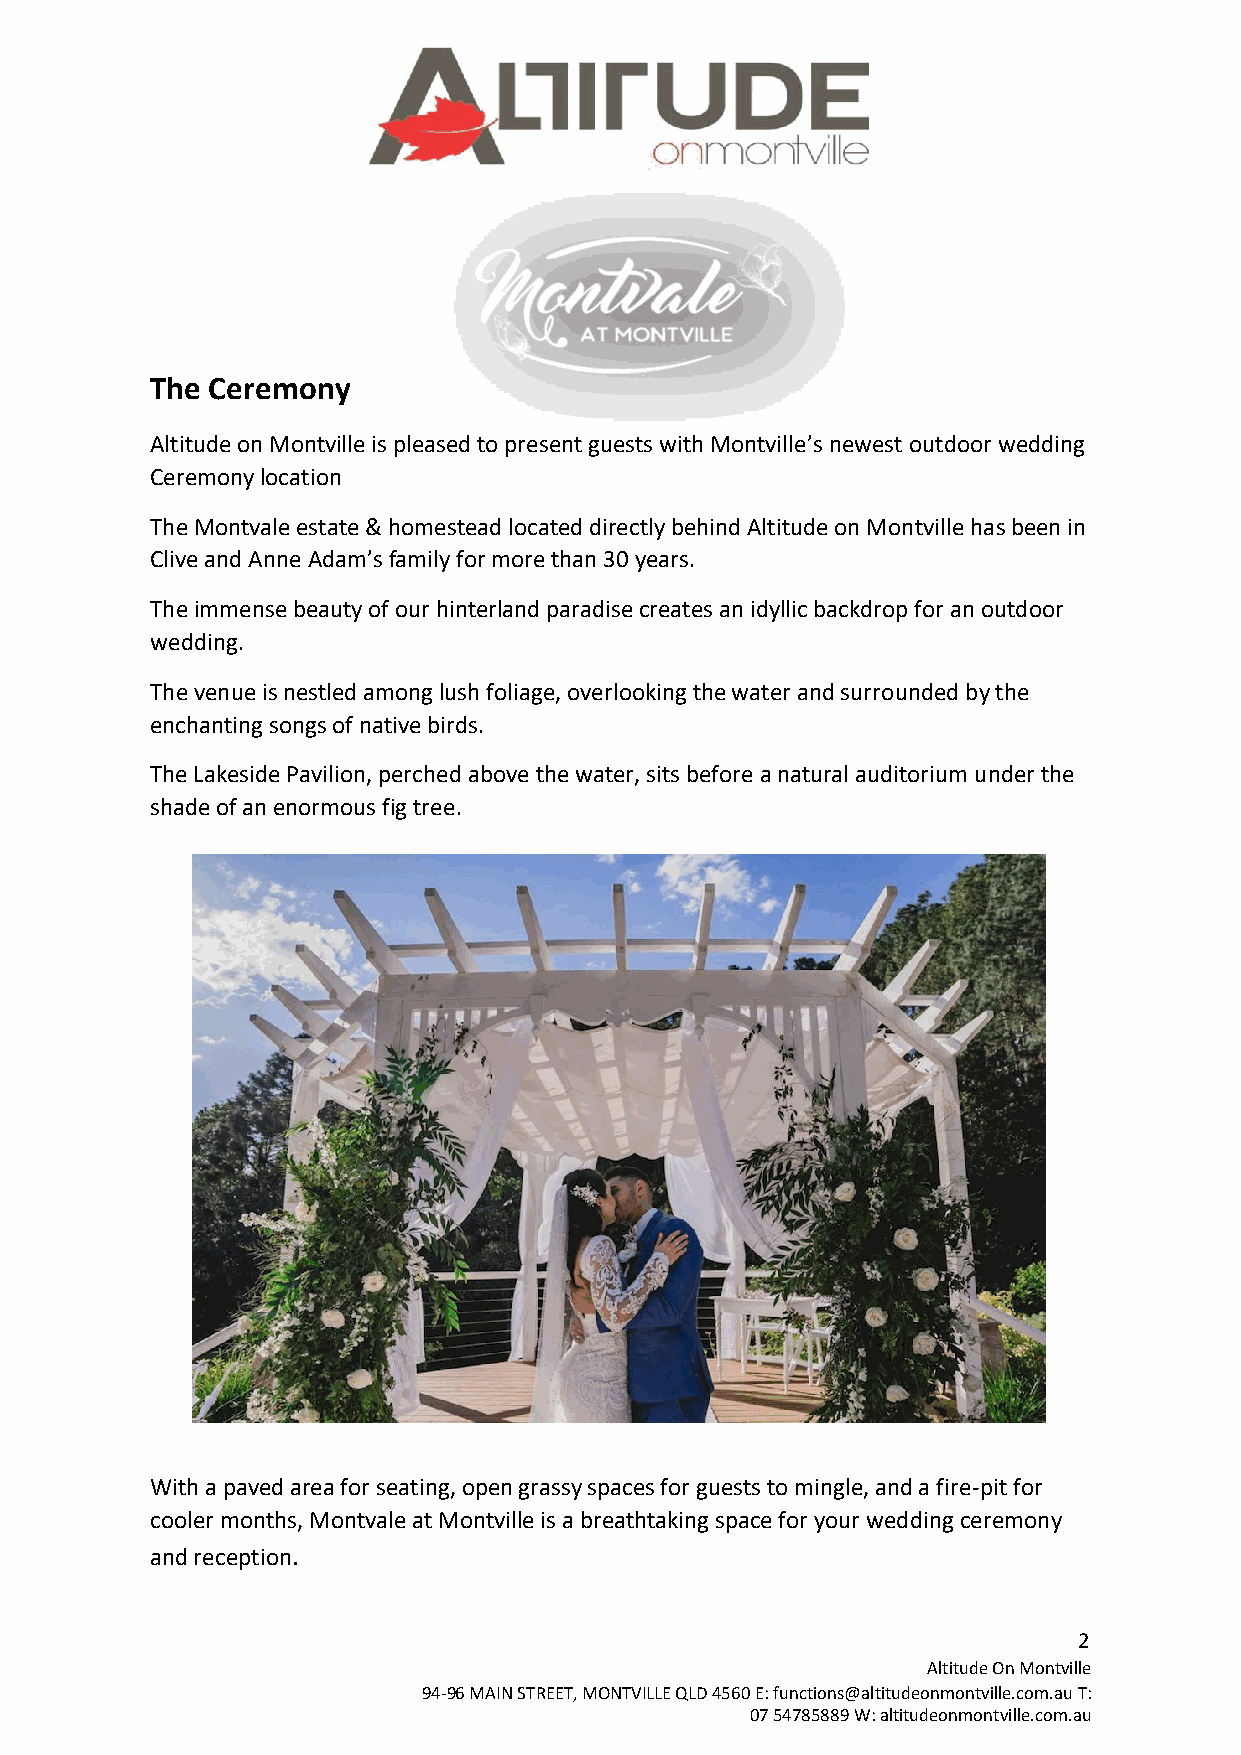
The Ceremony
 Altitude on Montville is pleased to present guests with Montville’s newest outdoor wedding
 Ceremony location
 The Montvale estate & homestead located directly behind Altitude on Montville has been in
 Clive and Anne Adam’s family for more than 30 years.
 The immense beauty of our hinterland paradise creates an idyllic backdrop for an outdoor
 wedding.
 The venue is nestled among lush foliage, overlooking the water and surrounded by the
 enchanting songs of native birds.
 The Lakeside Pavilion, perched above the water, sits before a natural auditorium under the
 shade of an enormous fig tree.
 With a paved area for seating, open grassy spaces for guests to mingle, and a fire-pit for
 cooler months, Montvale at Montville is a breathtaking space for your wedding ceremony
 and reception.
 2
 Altitude On Montville
 94-96 MAIN STREET, MONTVILLE QLD 4560 E: functions@altitudeonmontville.com.au T:
 07 54785889 W: altitudeonmontville.com.au